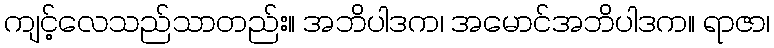
ကျင့်လေသည်သာတည်း။ အဘိပါဒက၊ အမောင်အဘိပါဒက။ ရာဇာ၊